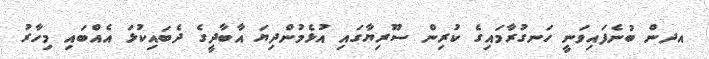
އދން ބުނެފައިވަނީ ހަނގުރާމައިގެ ކުރިން ސޫރިޔާގައި އުޅެމުންދިޔަ އާބާދީގެ ދެބައިކުޅަ އެއްބައި މިހާރު